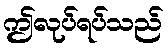
ဤလုပ်ရပ်သည်